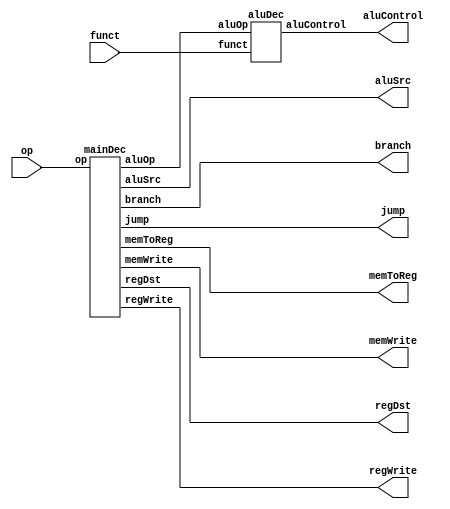
//========== Control Unit ==========//
//outputs the appropriate control signals for each instruction
module controlUnit(
	input [5:0] op,	//opcode, specifies operation
	input [5:0] funct,	//function code for R-type
	output regWrite,	//enables register file write
	output memToReg,	//selects result from ALU or data memory
	output memWrite,	//enables data memory write
	output branch,		//beq instruction
	output [2:0] aluControl,	//specifies ALU operation
	output aluSrc,		//selects srcB input for ALU
	output regDst, 	//selects destination register
	output jump		//jump instruction
	);

wire [1:0] aluOp;	// together with funct code to compute aluControl

//main instruction decoder
mainDec md(op, memToReg, memWrite, branch, aluSrc, regDst, regWrite, jump, aluOp);

//ALU decoder
aluDec ad(funct, aluOp, aluControl);

endmodule


//========== Main Instruction Decoder ==========//
module mainDec(
	input [5:0] op,
	output memToReg,
	output memWrite,
	output branch,
	output aluSrc,
	output regDst,
	output regWrite,
	output jump,
	output [1:0] aluOp
	);
	
reg [8:0] controls;	//instruction-specific control signals

assign {regWrite, regDst, aluSrc,branch, memWrite, memToReg, jump, aluOp} = controls;
	
always @* begin
	case(op)
		6'b000000: controls = 9'b110000010; //R-type
		6'b100011: controls = 9'b101001000; //lw
		6'b101011: controls = 9'b001010000; //sw
		6'b000100: controls = 9'b000100001; //beq
		6'b001000: controls = 9'b101000000; //addi
		6'b000010: controls = 9'b000000100; //j
		default:  controls = 9'bxxxxxxxxx; //???
	endcase
end
	
endmodule


//========== ALU Operation Decoder ==========//
module aluDec(
	input [5:0] funct,
	input [1:0] aluOp,
	output reg [2:0] aluControl);
	
always @* begin
	case (aluOp)
		2'b00: aluControl = 3'b010; //add
		2'b01: aluControl = 3'b110; //sub
      default: begin
			case(funct) //R-type
				6'b100000: aluControl = 3'b010; //add
				6'b100010: aluControl = 3'b110; //sub
				6'b100100: aluControl = 3'b000; //and
				6'b100101: aluControl = 3'b001; //or
				6'b101010: aluControl = 3'b111; //slt
				default: aluControl  = 3'bxxx; //???
			endcase
		end
	endcase
end
	
endmodule